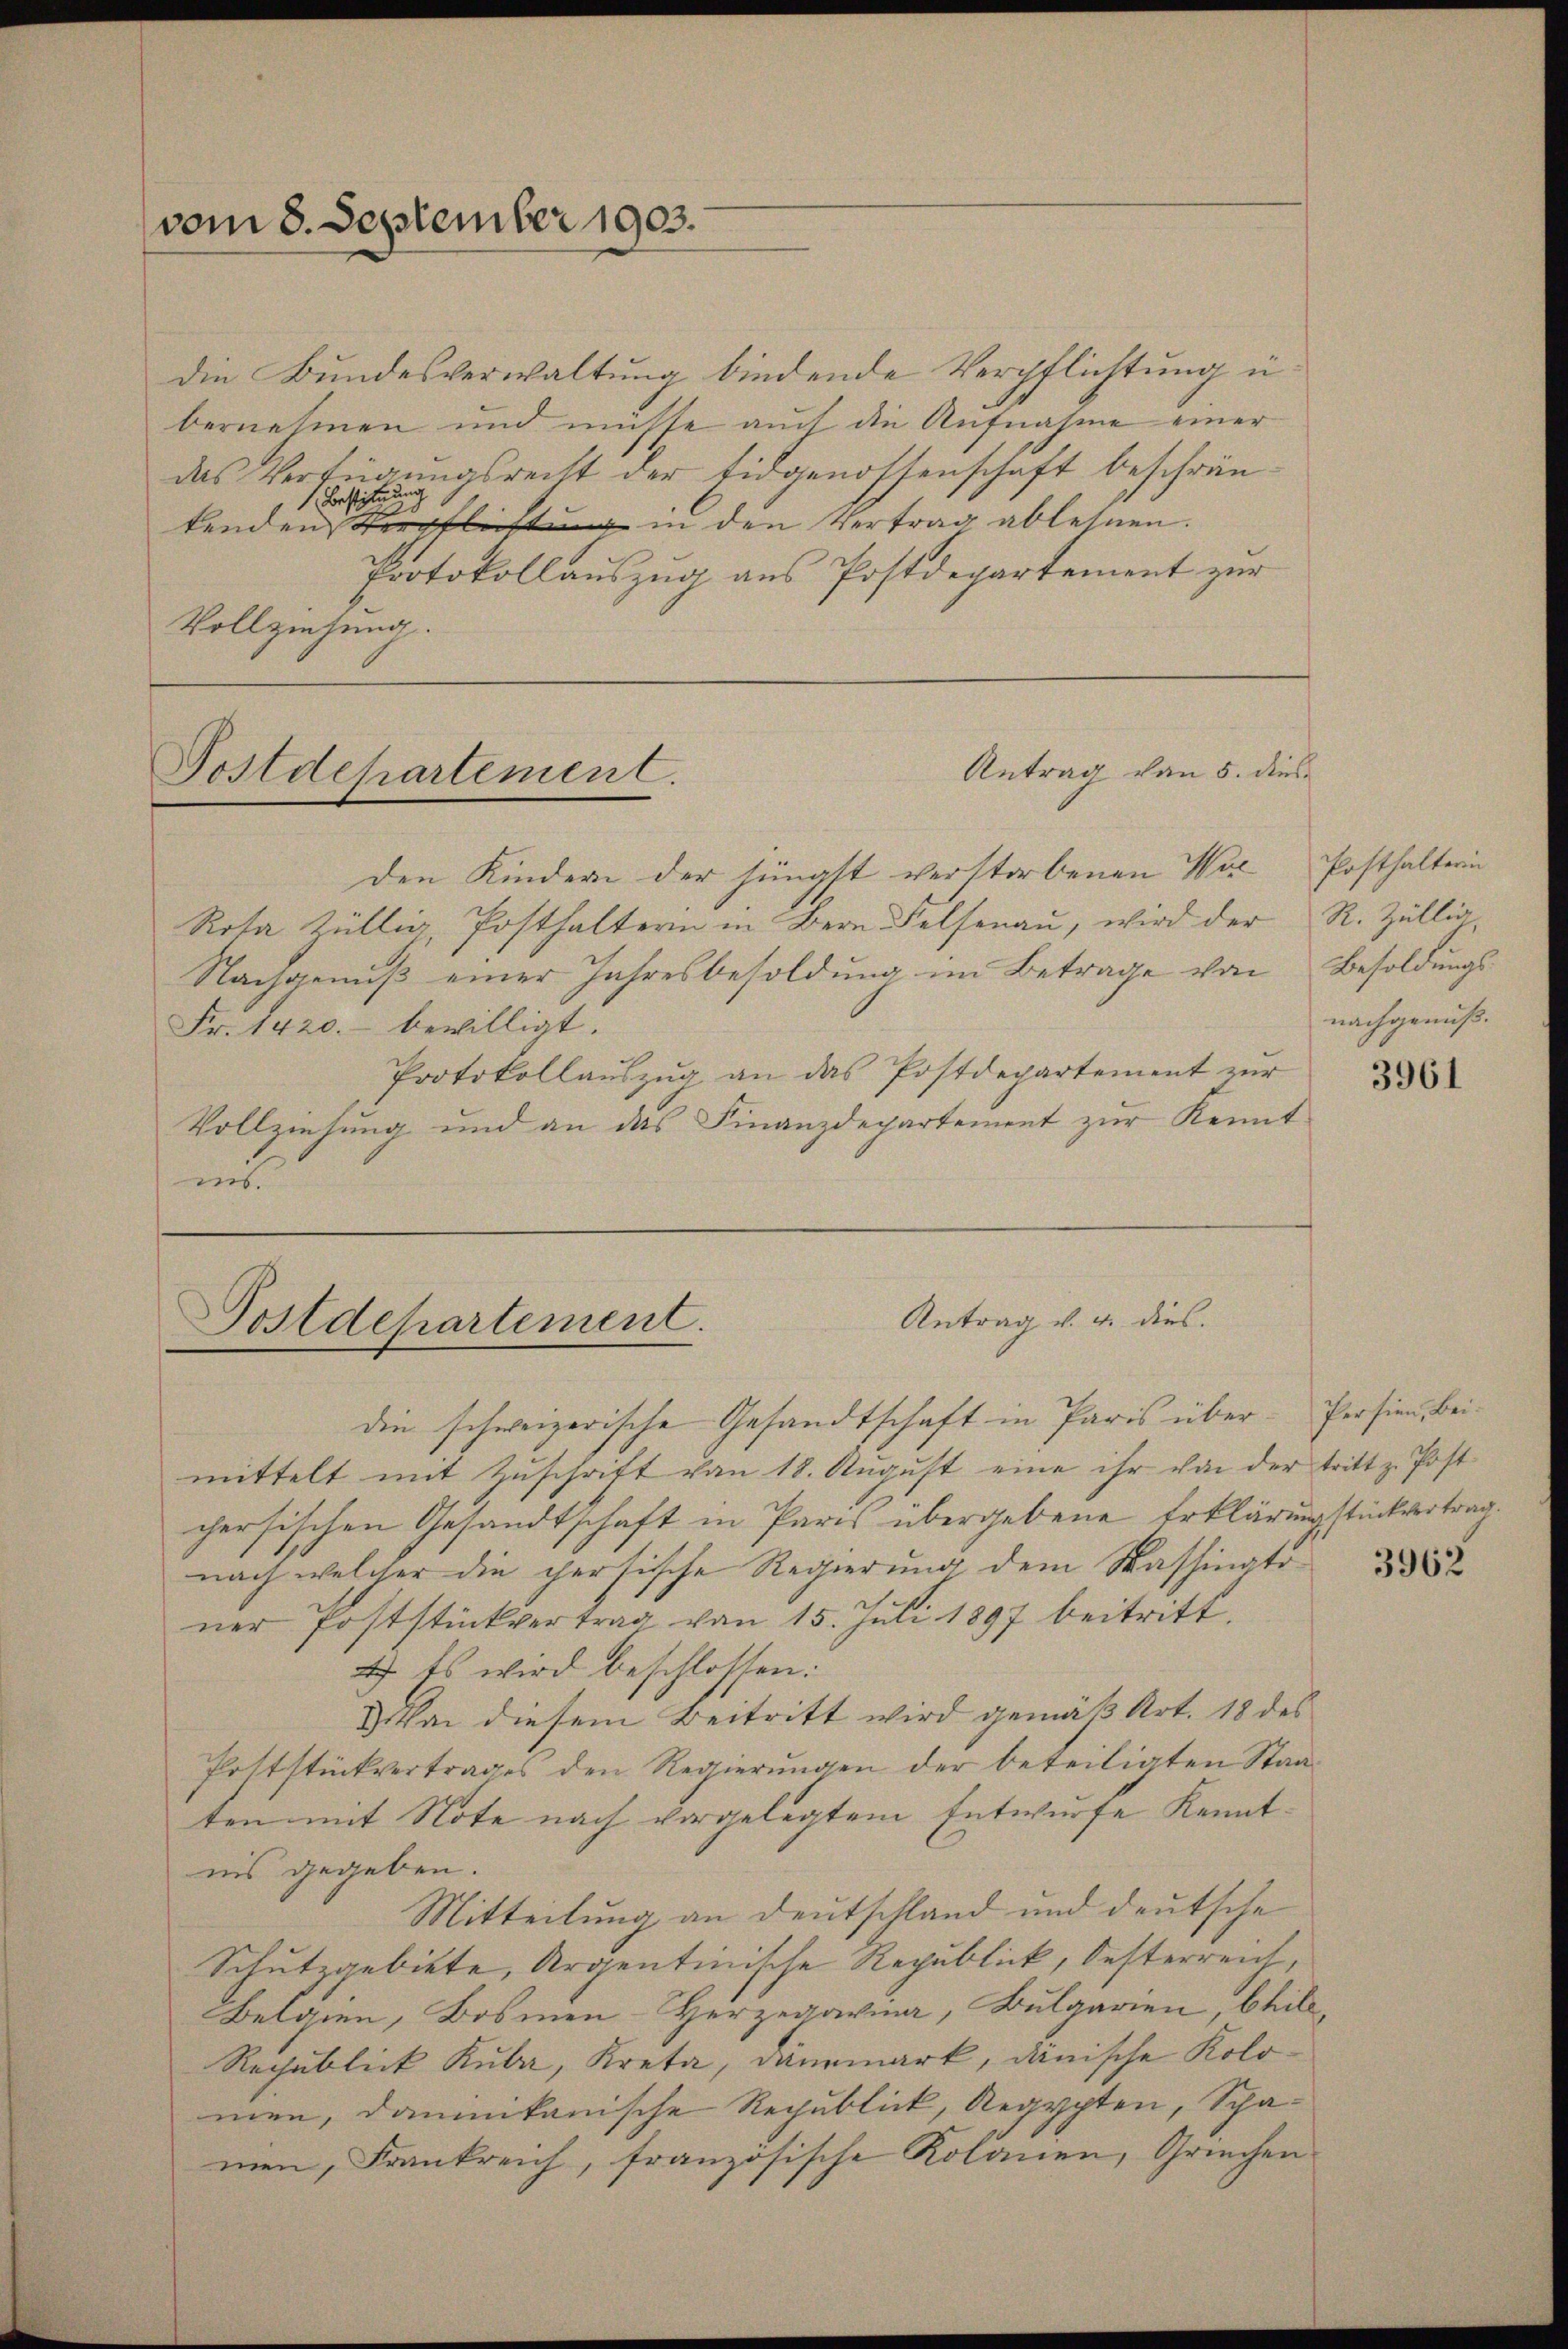
vom 8. September 1903.

Postdepartement.

Postdepartement.

die Bundesverwaltung bindende Verpflichtung in
bernehmen und müsse auch die Aufnahme einer
das Verfügŭngsrecht der Eidgenossenschaft beschrän-
Bestiftung
1
29
tenden Verflichtung in den Vertrag ablehnen.
Protokollauszug aus Postdepartement zur
Vollziehung.

Antrag von 5. dies

den Kindern der jüngst verstorbenen Wer Posthalterin
Rota Züllig, Posthalterin in Bern Felsenau, wird der R. Züllig
Nachgenuß einer Jahresbesoldung im Betrage von Besoldungs¬
Fr. 1420. bewilligt.
Protokollauszug an das Postdepartement zur
Vollziehung und an das Finanzdepartement zur Kenntmit

Antrag v. u. dies.

die schweizerische Gesandtschaft in Paris über- Persion, Beimittelt mit Zŭschrift von 18. Aŭgŭst eine ihr von der tritt z. Post-
chersischen Gesandtschaft in Paris übergebene Erklärungstückvertragnach welcher die persische Regierung dem Washingtoner Poststückvertrag von 15. Juli 1897 beitritt
4) Es wird beschlossen:
d. Von diesem Beitritt wird gemäß Art. 18 des
Poststückvertrages den Regierungen der beteiligten Staa
ten mit Note nach vorgelegtem Entwurfe Kenntnis gegeben.
Mitteilung an Deutschland und deutsche
Schutzgebiete, Argentinische Republick, Oesterreich,
Belgien, Bosmen-Herzegavina, Bulgarien, Chile,
Rechnblick Kula, Kreta, dannmark, danische Kolomen, dominikanische Republick, Aegypten, Schamen, Frankreich, französische Kolonen, Griechen

nachgenuß.

3961

¬

3962